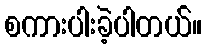
စကားပါးခဲ့ပါတယ်။